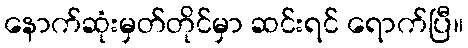
နောက်ဆုံးမှတ်တိုင်မှာ ဆင်းရင် ရောက်ပြီ။